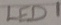
Text: LED1